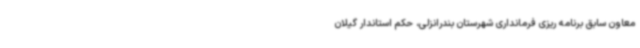
معاون سابق برنامه ریزی فرمانداری شهرستان بندرانزلی، حکم استاندار گیلان